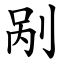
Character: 剐